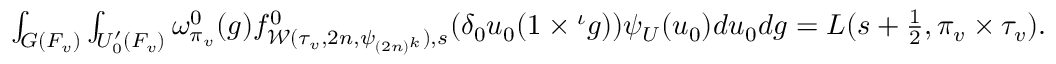
\begin{array} { r } { \int _ { G ( F _ { v } ) } \int _ { U _ { 0 } ^ { \prime } ( F _ { v } ) } \omega _ { \pi _ { v } } ^ { 0 } ( g ) f _ { \mathcal { W } ( \tau _ { v } , 2 n , \psi _ { ( 2 n ) ^ { k } } ) , s } ^ { 0 } ( \delta _ { 0 } u _ { 0 } ( 1 \times { ^ { \iota } g } ) ) \psi _ { U } ( u _ { 0 } ) d u _ { 0 } d g = L ( s + \frac { 1 } { 2 } , \pi _ { v } \times \tau _ { v } ) . } \end{array}